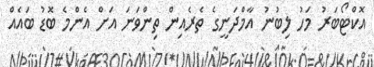
އޮކްޓޯބަރު މަހު ލިބުނު އާމްދަނީގެ ތެރެއިން ތިންވަނަ އަށް އެންމެ ބޮޑު ބައެއް